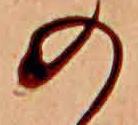
の